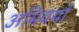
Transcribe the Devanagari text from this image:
अभिवर्या